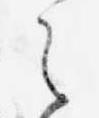
え